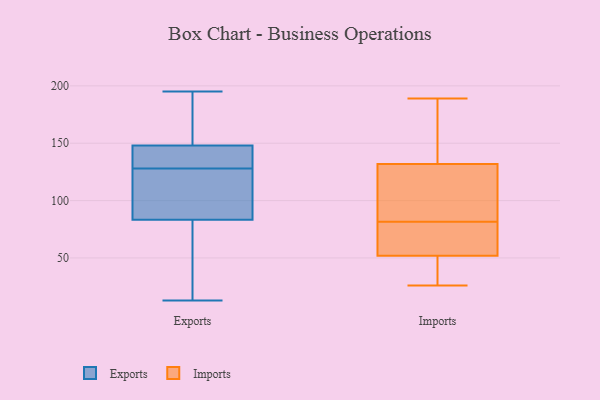
{"axis": {"x": "Production Output", "y": "Value"}, "legend": ["Exports", "Imports"], "data": [{"x": "", "y": 151, "type": "Exports"}, {"x": "", "y": 47, "type": "Exports"}, {"x": "", "y": 74, "type": "Exports"}, {"x": "", "y": 128, "type": "Exports"}, {"x": "", "y": 120, "type": "Exports"}, {"x": "", "y": 183, "type": "Exports"}, {"x": "", "y": 13, "type": "Exports"}, {"x": "", "y": 195, "type": "Exports"}, {"x": "", "y": 133, "type": "Exports"}, {"x": "", "y": 139, "type": "Exports"}, {"x": "", "y": 111, "type": "Exports"}, {"x": "", "y": 81, "type": "Imports"}, {"x": "", "y": 43, "type": "Imports"}, {"x": "", "y": 73, "type": "Imports"}, {"x": "", "y": 180, "type": "Imports"}, {"x": "", "y": 147, "type": "Imports"}, {"x": "", "y": 61, "type": "Imports"}, {"x": "", "y": 174, "type": "Imports"}, {"x": "", "y": 96, "type": "Imports"}, {"x": "", "y": 67, "type": "Imports"}, {"x": "", "y": 33, "type": "Imports"}, {"x": "", "y": 29, "type": "Imports"}, {"x": "", "y": 88, "type": "Imports"}, {"x": "", "y": 82, "type": "Imports"}, {"x": "", "y": 26, "type": "Imports"}, {"x": "", "y": 117, "type": "Imports"}, {"x": "", "y": 189, "type": "Imports"}]}